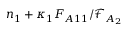
n _ { 1 } + \kappa _ { 1 } F _ { A 1 1 } / \mathcal { F } _ { A _ { 2 } }